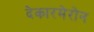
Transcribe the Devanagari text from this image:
देकारमेरोन